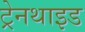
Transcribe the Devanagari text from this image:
ट्रेनथाइड